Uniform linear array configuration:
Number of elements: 32
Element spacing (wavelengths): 0.5
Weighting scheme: hamming
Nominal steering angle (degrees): -30
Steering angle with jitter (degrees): -28.964
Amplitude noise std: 0.05
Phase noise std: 0.05

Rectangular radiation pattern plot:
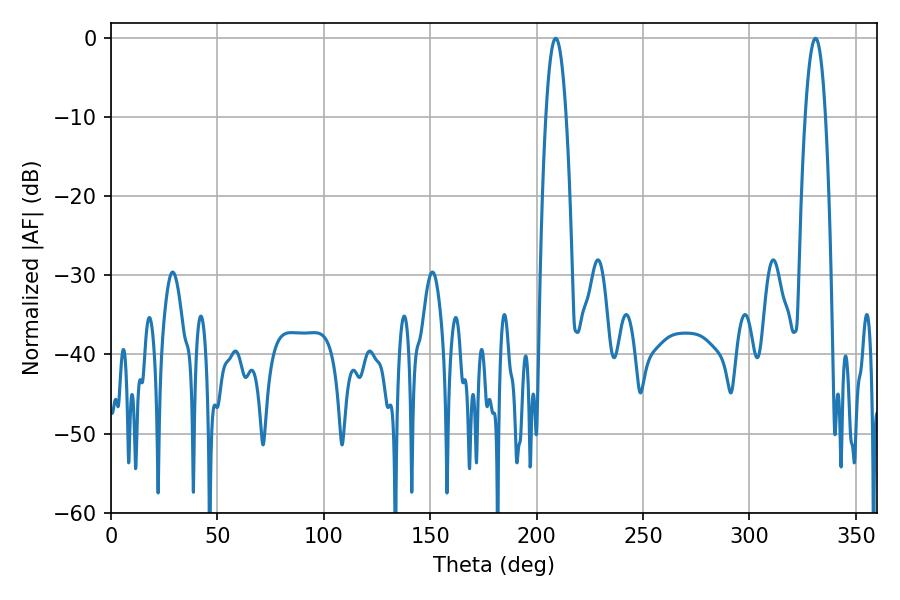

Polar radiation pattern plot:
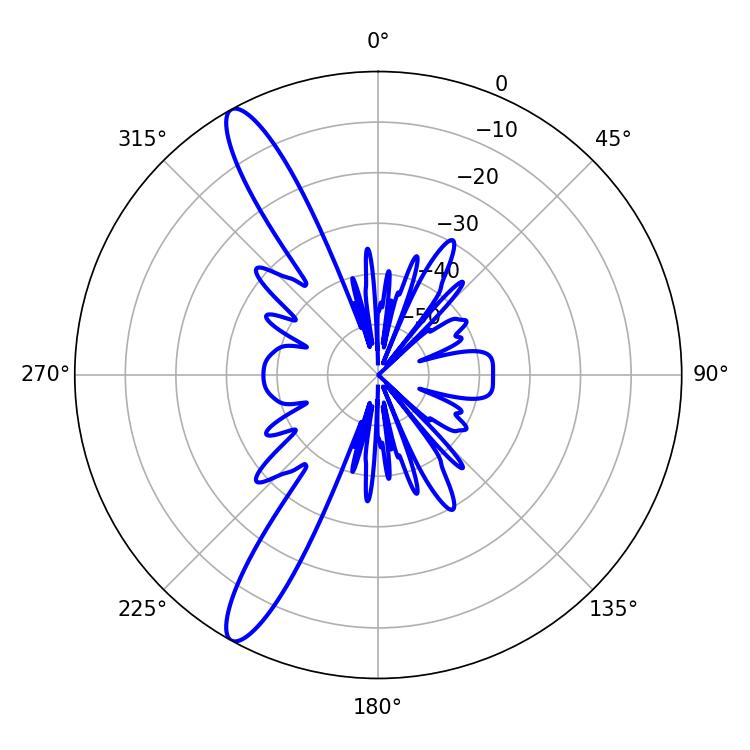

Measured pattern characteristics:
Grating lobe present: FALSE
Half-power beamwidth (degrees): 5.22
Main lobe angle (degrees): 208.98